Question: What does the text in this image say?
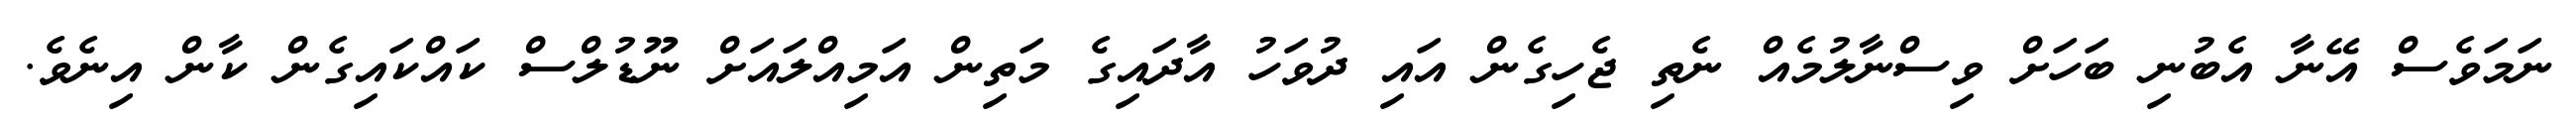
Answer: ނަމަވެސް އޭނާ އެބުނި ބަހަށް ވިސްނާލުމެއް ނެތި ޖެހިގެން އައި ދުވަހު އާދައިގެ މަތިން އަމިއްލައަށް ނޫޑުލްސް ކައްކައިގެން ކާން އިނެވެ.